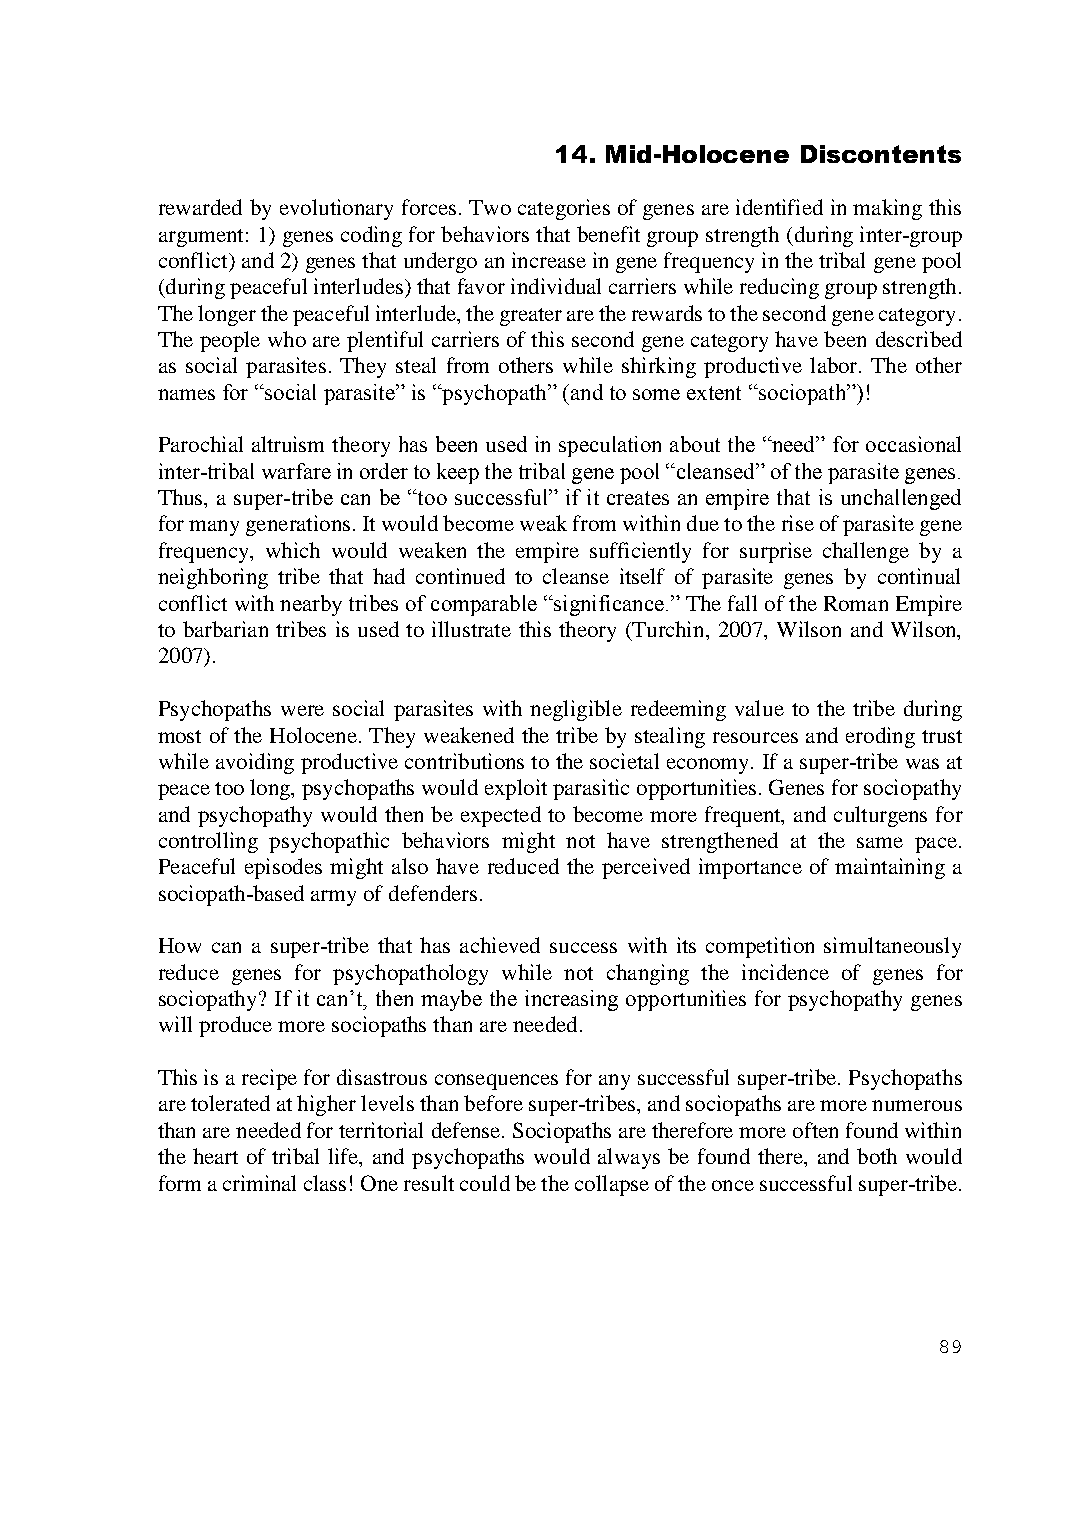
14. Mid-Holocene Discontents
 rewarded by evolutionary forces. Two categories of genes are identified in making this
 argument: 1) genes coding for behaviors that benefit group strength (during inter-group
 conflict) and 2) genes that undergo an increase in gene frequency in the tribal gene pool
 (during peaceful interludes) that favor individual carriers while reducing group strength.
 The longer the peaceful interlude, the greater are the rewards to the second gene category.
 The people who are plentiful carriers of this second gene category have been described
 as social parasites. They steal from others while shirking productive labor. The other
 names for “social parasite” is “psychopath” (and to some extent “sociopath”)!
 Parochial altruism theory has been used in speculation about the “need” for occasional
 inter-tribal warfare in order to keep the tribal gene pool “cleansed” of the parasite genes.
 Thus, a super-tribe can be “too successful” if it creates an empire that is unchallenged
 for many generations. It would become weak from within due to the rise of parasite gene
 frequency, which would weaken the empire sufficiently for surprise challenge by a
 neighboring tribe that had continued to cleanse itself of parasite genes by continual
 conflict with nearby tribes of comparable “significance.” The fall of the Roman Empire
 to barbarian tribes is used to illustrate this theory (Turchin, 2007, Wilson and Wilson,
 2007).
 Psychopaths were social parasites with negligible redeeming value to the tribe during
 most of the Holocene. They weakened the tribe by stealing resources and eroding trust
 while avoiding productive contributions to the societal economy. If a super-tribe was at
 peace too long, psychopaths would exploit parasitic opportunities. Genes for sociopathy
 and psychopathy would then be expected to become more frequent, and culturgens for
 controlling psychopathic behaviors might not have strengthened at the same pace.
 Peaceful episodes might also have reduced the perceived importance of maintaining a
 sociopath-based army of defenders.
 How can a super-tribe that has achieved success with its competition simultaneously
 reduce genes for psychopathology while not changing the incidence of genes for
 sociopathy? If it can’t, then maybe the increasing opportunities for psychopathy genes
 will produce more sociopaths than are needed.
 This is a recipe for disastrous consequences for any successful super-tribe. Psychopaths
 are tolerated at higher levels than before super-tribes, and sociopaths are more numerous
 than are needed for territorial defense. Sociopaths are therefore more often found within
 the heart of tribal life, and psychopaths would always be found there, and both would
 form a criminal class! One result could be the collapse of the once successful super-tribe.
 89